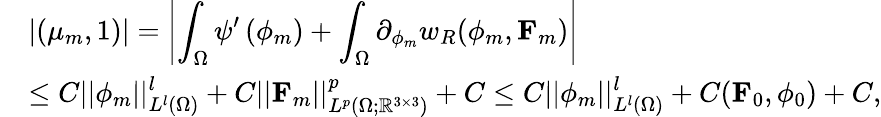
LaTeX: \begin{array}{rl}&{\displaystyle\left|(\mu_{m},1)\right|=\left|\int_{\Omega}\psi^{\prime}\left(\phi_{m}\right)+\int_{\Omega}\partial_{\phi_{m}}w_{R}(\phi_{m},\mathbf{F}_{m})\right|}\\ &{\displaystyle\leq C||\phi_{m}||_{L^{l}(\Omega)}^{l}+C||\mathbf{F}_{m}||_{L^{p}(\Omega;\mathbb{R}^{3\times 3})}^{p}+C\leq C||\phi_{m}||_{L^{l}(\Omega)}^{l}+C(\mathbf{F}_{0},\phi_{0})+C,}\end{array}